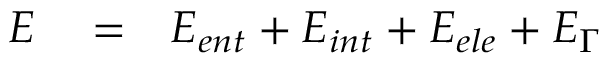
\begin{array} { r l r } { E } & { { } = } & { E _ { e n t } + E _ { i n t } + E _ { e l e } + E _ { \Gamma } } \end{array}